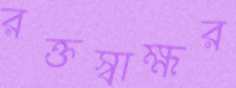
রক্তস্বাক্ষর